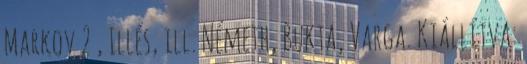
Markov 2 , Illés, ill. Németh, Bukta, Varga. Kiállítva: